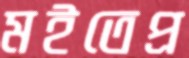
মইতেপ্র